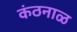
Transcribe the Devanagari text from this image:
कंठनाळ